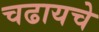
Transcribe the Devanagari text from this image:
चढायचे